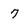
Character: 7